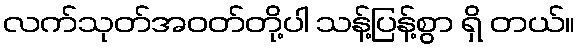
လက်သုတ်အဝတ်တို့ပါ သန့်ပြန့်စွာ ရှိ တယ်။